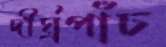
দীর্ঘ্রপাঁচ